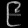
Digit: ၉